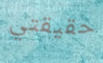
حقيقتي